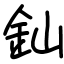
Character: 𨥉